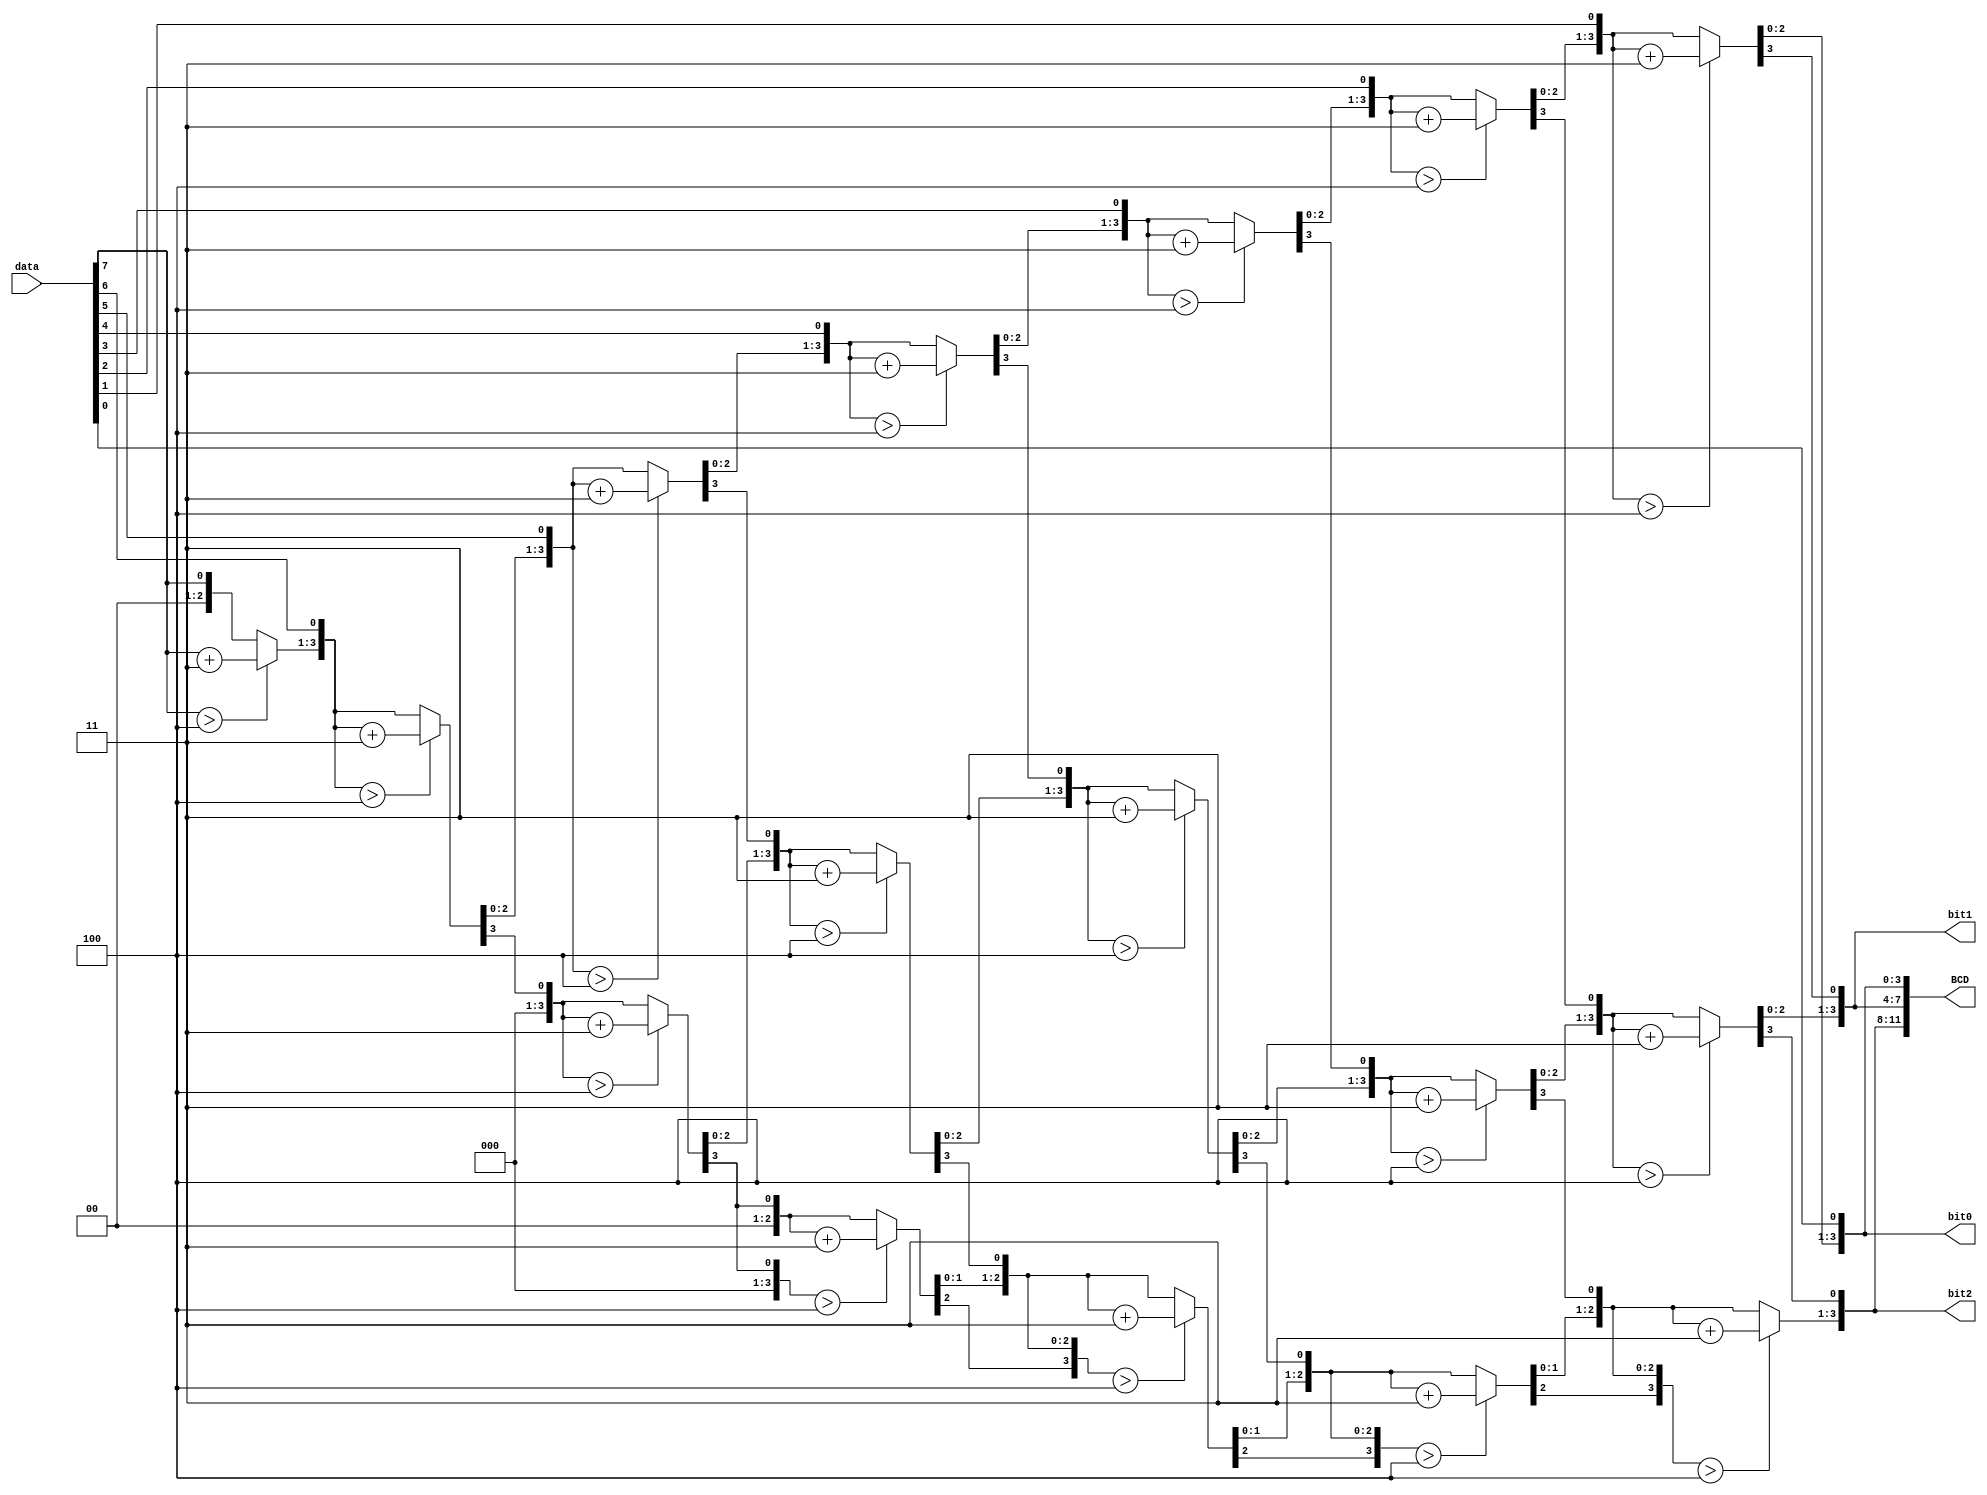
`timescale 1ns / 1ps

module binary2bcd(
    input [7:0]data,
    output reg [3:0] bit0,bit1,bit2,
    output reg[11:0] BCD    
    );
    integer n;

    always@(data)
    begin
        bit0=0; bit1=0; bit2=0;
        for(n=0; n<8; n=n+1)
        begin
            if(bit0>4) bit0 = bit0+3;
            if(bit1>4) bit1 = bit1+3;
            if(bit2>4) bit2 = bit2+3;
            {bit2,bit1,bit0} = {bit2,bit1,bit0,data[7-n]};
        end
        BCD= {bit2, bit1, bit0};
    end
endmodule